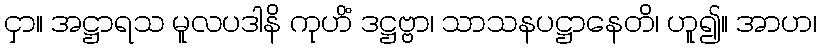
ငှာ။ အဋ္ဌာရသ မူလပဒါနိ ကုဟိံ ဒဋ္ဌဗ္ဗာ၊ သာသနပဋ္ဌာနေတိ၊ ဟူ၍။ အာဟ၊